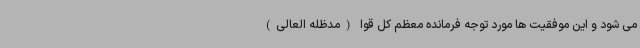
می شود و این موفقیت ها مورد توجه فرمانده معظم کل قوا (مدظله العالی)